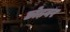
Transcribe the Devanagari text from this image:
छोड़वर